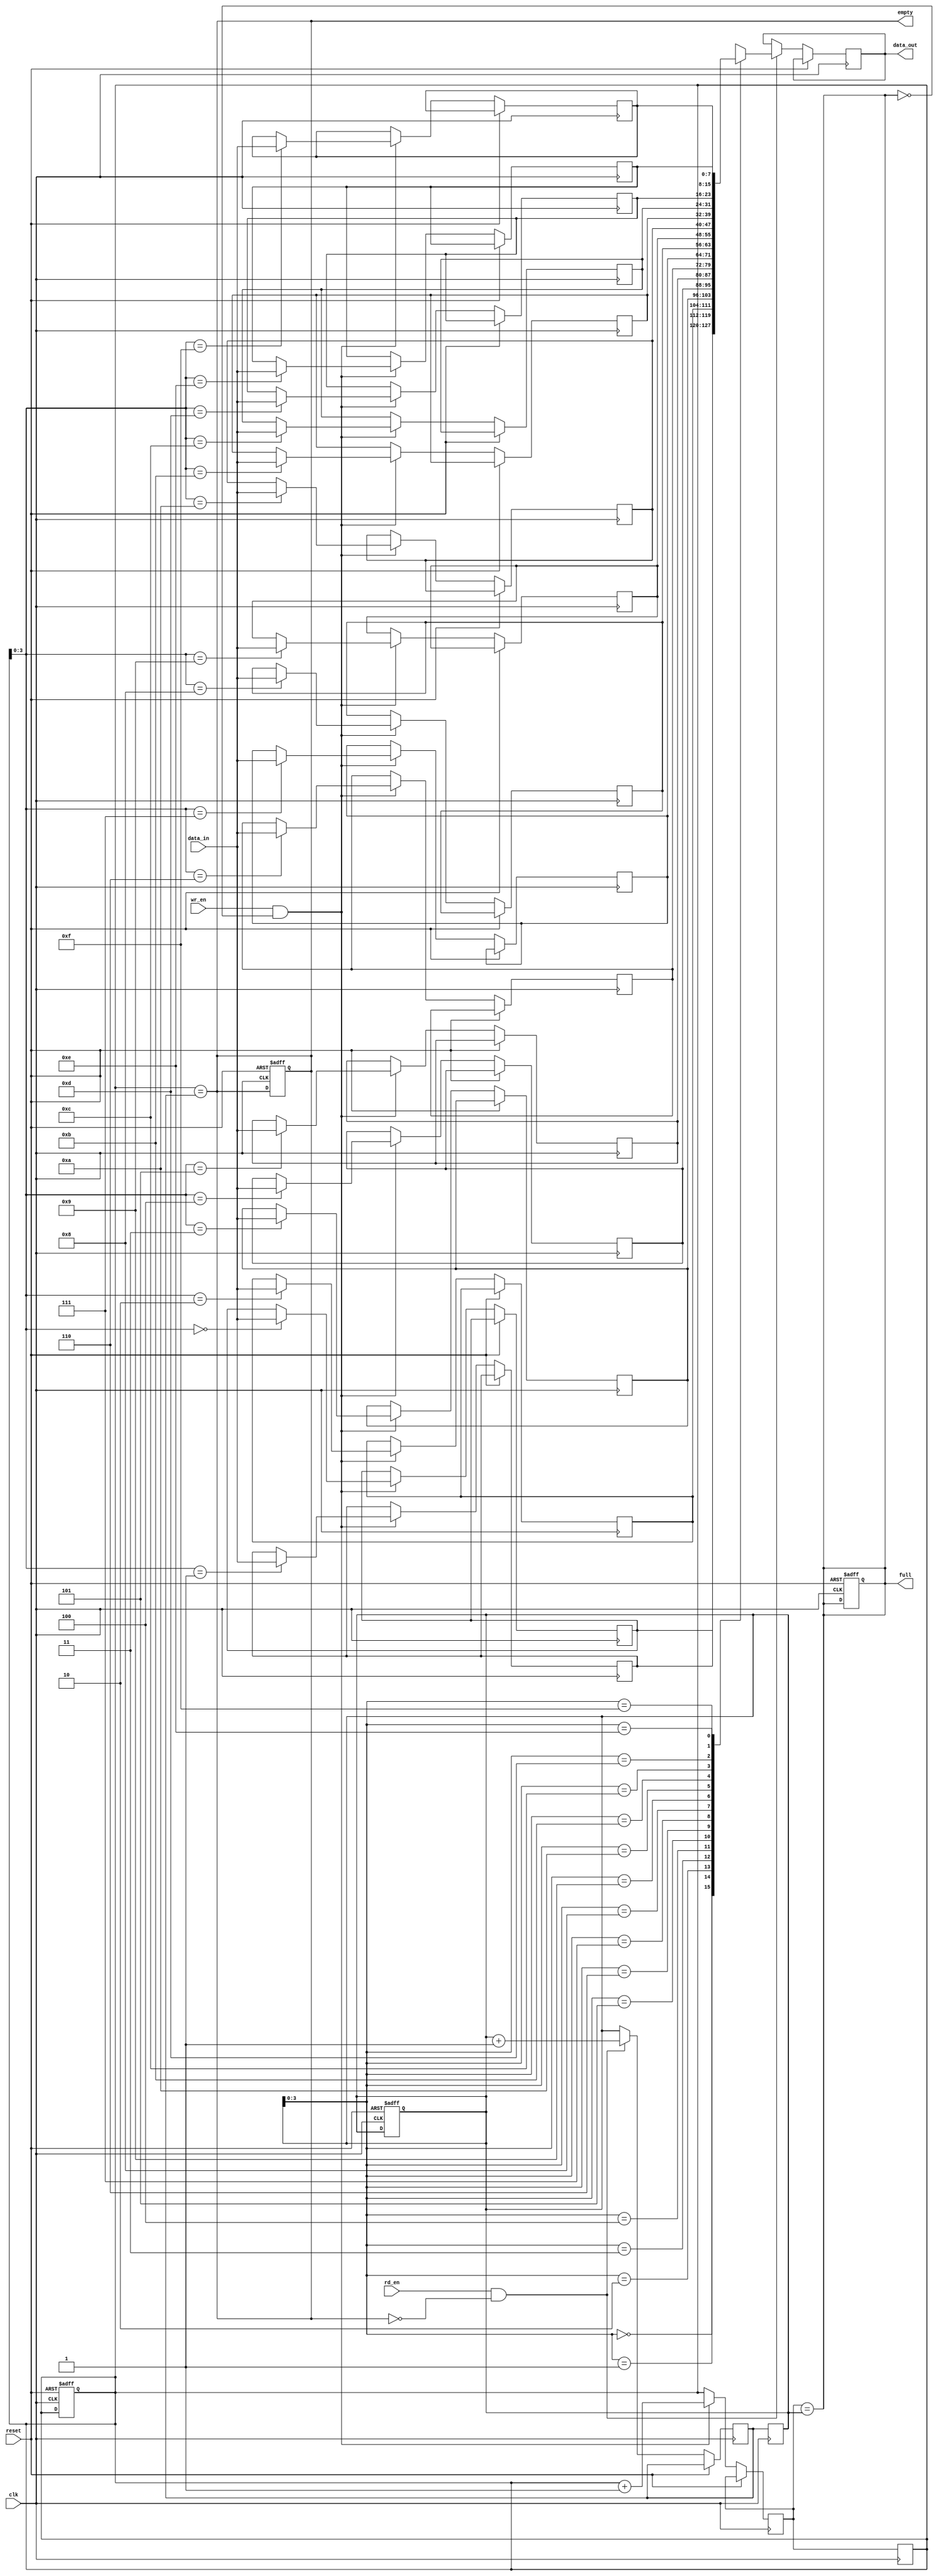
module sync_fifo (
  input wire clk,
  input wire reset,
  input wire wr_en,
  input wire rd_en,
  input wire [DATA_WIDTH-1:0] data_in,
  output wire [DATA_WIDTH-1:0] data_out,
  output wire full,
  output wire empty
);

parameter DATA_WIDTH = 8;
parameter BUFFER_DEPTH = 16;

reg [DATA_WIDTH-1:0] buffer [0:BUFFER_DEPTH-1];
reg [DATA_WIDTH-1:0] rd_ptr = 0;
reg [DATA_WIDTH-1:0] wr_ptr = 0;
reg [DATA_WIDTH-1:0] next_wr_ptr;
reg [DATA_WIDTH-1:0] next_rd_ptr;
reg buffer_full;
reg buffer_empty;

// Timing control logic
always @ (posedge clk or posedge reset) begin
  if (reset) begin
    rd_ptr <= 0;
    wr_ptr <= 0;
    buffer_full <= 0;
    buffer_empty <= 1;
  end else begin
    if (wr_en && !buffer_full) begin
      buffer[wr_ptr] <= data_in;
      next_wr_ptr <= wr_ptr + 1;
    end else begin
      next_wr_ptr <= wr_ptr;
    end

    if (rd_en && !buffer_empty) begin
      data_out <= buffer[rd_ptr];
      next_rd_ptr <= rd_ptr + 1;
    end else begin
      next_rd_ptr <= rd_ptr;
    end
  end
end

// Synchronization logic
always @ (*) begin
  buffer_full = (next_wr_ptr == rd_ptr);
  buffer_empty = (wr_ptr == next_rd_ptr);
end

// Update pointers
always @ (posedge clk) begin
  wr_ptr <= next_wr_ptr;
  rd_ptr <= next_rd_ptr;
end

assign full = buffer_full;
assign empty = buffer_empty;

endmodule